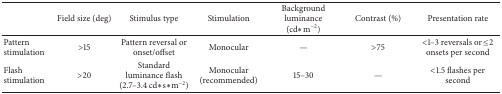
<table><thead><tr><td><b> </b></td><td><b>Field size (deg)</b></td><td><b>Stimulus type</b></td><td><b>Stimulation</b></td><td><b>Background luminance (cd∗m<sup>−2</sup>)</b></td><td><b>Contrast (%)</b></td><td><b>Presentation rate</b></td></tr></thead><tbody><tr><td>Pattern stimulation</td><td>&gt;15</td><td>Pattern reversal or onset/offset</td><td>Monocular</td><td>—</td><td>&gt;75</td><td>&lt;1–3 reversals or ≤2 onsets per second</td></tr><tr><td>Flash stimulation</td><td>&gt;20</td><td>Standard luminance flash (2.7–3.4 cd∗s∗m<sup>−2</sup>)</td><td>Monocular (recommended)</td><td>15–30</td><td>—</td><td>&lt;1.5 flashes per second</td></tr></tbody></table>